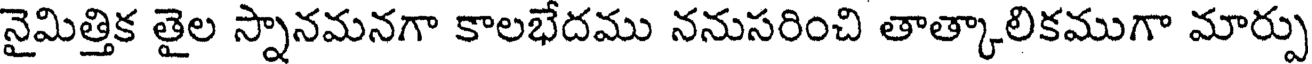
నైమిత్తిక తైల స్నానమనగా కాలభేదము ననుసరించి తాత్కాలికముగా మార్పు